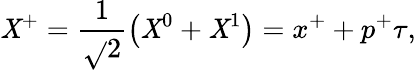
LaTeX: \mathit{X}^{+}=\frac{{1}}{{\sqrt{}{{2}}}}\left(\mathit{X}^{0}+\mathit{X}^{1}\right)=x^{+}+p^{+}\tau,